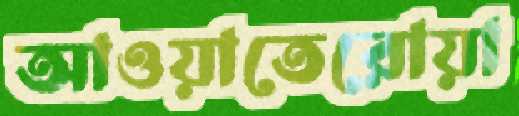
আওয়াতেরোয়া